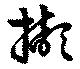
襭